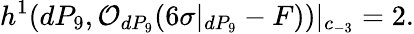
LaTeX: h^{1}(dP_{9},{\cal O}_{dP_{9}}(6\sigma|_{dP_{9}}-F))|_{c_{-3}}=2.